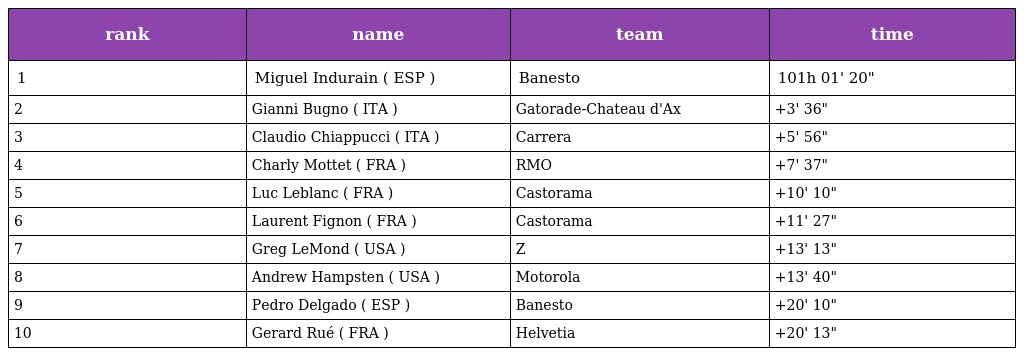
| rank | name | team | time |
 | --- | --- | --- | --- |
 | 1 | Miguel Indurain ( ESP ) | Banesto | 101h 01' 20" |
 | 2 | Gianni Bugno ( ITA ) | Gatorade-Chateau d'Ax | +3' 36" |
 | 3 | Claudio Chiappucci ( ITA ) | Carrera | +5' 56" |
 | 4 | Charly Mottet ( FRA ) | RMO | +7' 37" |
 | 5 | Luc Leblanc ( FRA ) | Castorama | +10' 10" |
 | 6 | Laurent Fignon ( FRA ) | Castorama | +11' 27" |
 | 7 | Greg LeMond ( USA ) | Z | +13' 13" |
 | 8 | Andrew Hampsten ( USA ) | Motorola | +13' 40" |
 | 9 | Pedro Delgado ( ESP ) | Banesto | +20' 10" |
 | 10 | Gerard Rué ( FRA ) | Helvetia | +20' 13" |